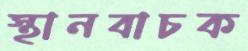
স্থানবাচক